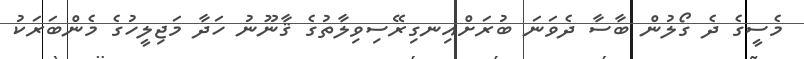
މެސީގެ ދެ ގޯލުން ބާސާ ދެވަނަ ބުރަށްއިނގިރޭސިވިލާތުގެ ޤާނޫނު ހަދާ މަޖިލީހުގެ މެންބަރަކު